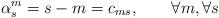
LaTeX: \begin{align*}\alpha _{s}^{m}=s-m=c_{ms},\qquad \forall m,\forall s\end{align*}